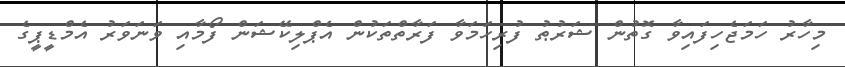
މިހާރު ހަމަޖެހިފައިވާ ގޮތުން ޝަރުޠު ފުރިހަމަވާ ފަރާތްތަކުން އެޕްލިކޭޝަން ފޯމާއި ވަނަވަރު އެމްޑީޕީގެ